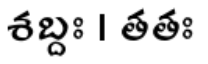
శబ్దః । తతః